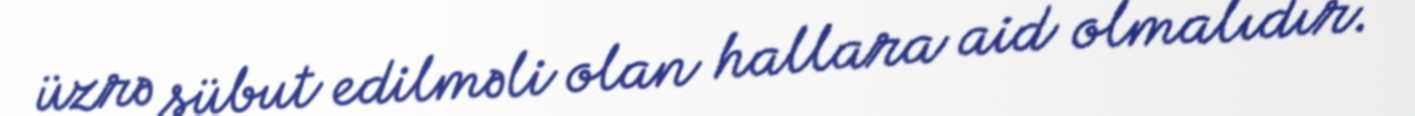
üzrə sübut edilməli olan hallara aid olmalıdır.